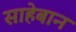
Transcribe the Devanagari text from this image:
साहेबान